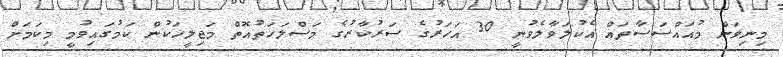
މިނިވަން މުއައްސަސާތައް އެކުލަވާލެވުނީ 30 އަހަރުގެ ސަރުކާރުގެ މަސްލަހަތުއޮތް މަޖިލީހަކުން ކަމުގައިވުމީ މިކަމަށް